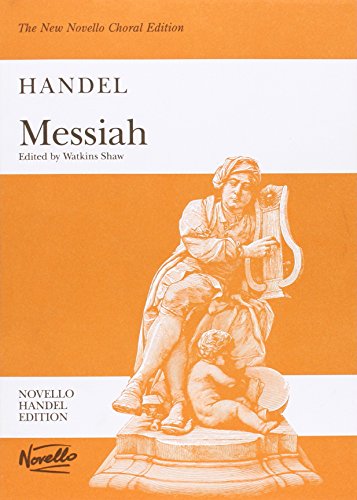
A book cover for Messiah; Humor & Entertainment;